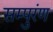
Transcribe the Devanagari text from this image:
सम्पुरंण